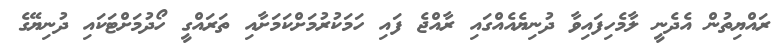
ރައްޔިތުން އެދެނީ ލާމެހިފައިވާ ދުނިޔެއެއްގައި ރާއްޖެ ފައި ހަމަކުރުމަށްކަމަށާއި ތަރައްގީ ހޯދުމަށްޓަކައި ދުނިޔޭގެ